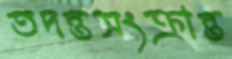
তদন্তসংক্রান্ত